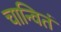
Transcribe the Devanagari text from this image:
चान्वितं